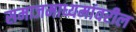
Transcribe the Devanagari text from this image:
समाजमाध्यमांवरील